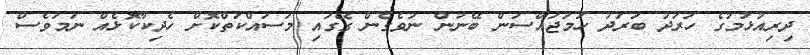
ދިރިއުޅުމުގެ ހަރަދު ބަރަދު ހަމަޖައްސަން ބޭނުން ނުވެގެން ގޭގައި މަސައްކަތްކޮށް ހެދިކާކޮޅެއް ނަމަވެސް